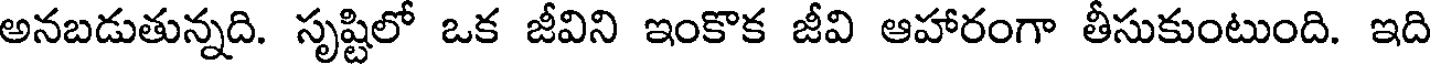
అనబడుతున్నది. సృష్టిలో ఒక జీవిని ఇంకొక జీవి ఆహారంగా తీసుకుంటుంది. ఇది